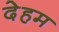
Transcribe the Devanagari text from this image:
देहम